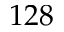
1 2 8